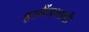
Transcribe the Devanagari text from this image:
हालैंडवासी